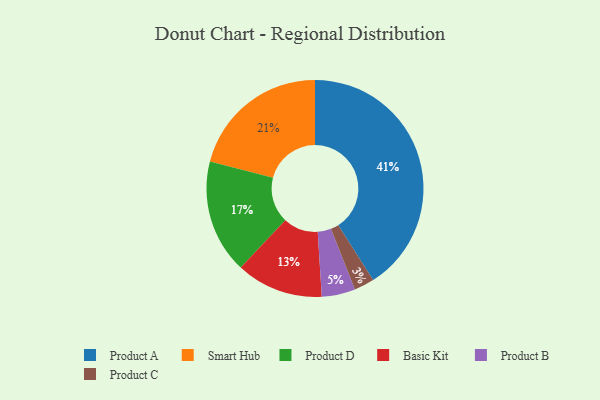
{"axis": {"x": "Category", "y": "Percentage"}, "legend": ["Basic Kit", "Product A", "Product B", "Product C", "Product D", "Smart Hub"], "data": [{"x": "Smart Hub", "y": 21, "type": "Smart Hub"}, {"x": "Product C", "y": 3, "type": "Product C"}, {"x": "Product D", "y": 17, "type": "Product D"}, {"x": "Basic Kit", "y": 13, "type": "Basic Kit"}, {"x": "Product A", "y": 41, "type": "Product A"}, {"x": "Product B", "y": 5, "type": "Product B"}]}